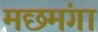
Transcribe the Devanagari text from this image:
मछमंगा